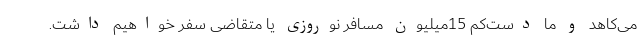
می‌کاهد و ما دست‌کم 15میلیون مسافر نوروزی یا متقاضی سفر خواهیم داشت.